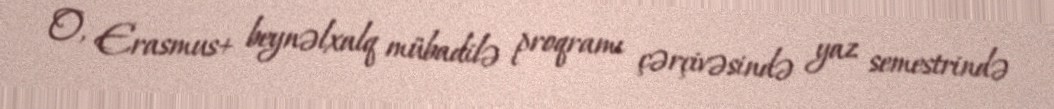
O, Erasmus+ beynəlxalq mübadilə proqramı çərçivəsində yaz semestrində